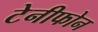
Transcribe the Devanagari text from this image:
टेनीफोन